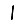
Digit: 1